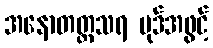
အနောတတ္တသရ ပုဒ်အဖွင့်